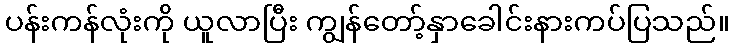
ပန်းကန်လုံးကို ယူလာပြီး ကျွန်တော့်နှာခေါင်းနားကပ်ပြသည်။